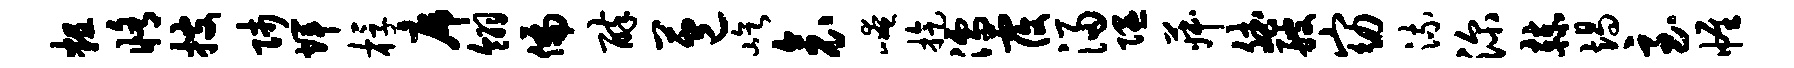
粗修搜师辉桴席翎偏醉苞屹衾崦旋濡覆浸隰菽斌艘窈流深赫竭至帷